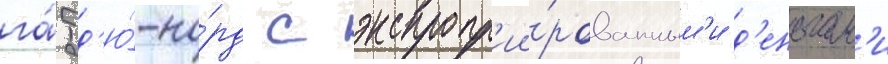
га́р-д'ю́-но́рд с экспропр'ии́рованным'и д'еньгам'и